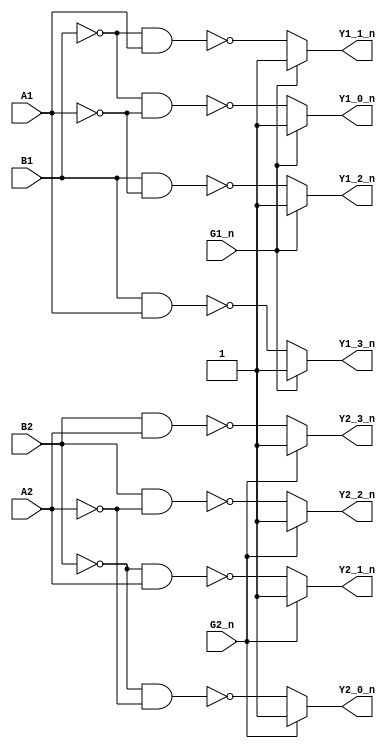
/******************************************************************************
 ** TTL 74139                                                                **
 **                                                                          **
 ** DUAL 2-LINE to 4-LINE DECODERS/DEMULTIPLEXERS                            **
 ** https://www.ti.com/lit/ds/symlink/sn54ls139a-sp.pdf?ts=1702906423213     **
 **                                                                          **
 *****************************************************************************/

module TTL_74139(
    input A1, B1,     // Decoder 1 inputs
    input G1_n,       // Decoder 1 enable, active low
    output Y1_0_n,    // Decoder 1 outputs, active low
    output Y1_1_n,
    output Y1_2_n,
    output Y1_3_n,
    input A2, B2,     // Decoder 2 inputs
    input G2_n,       // Decoder 2 enable, active low
    output Y2_0_n,    // Decoder 2 outputs, active low
    output Y2_1_n,
    output Y2_2_n,
    output Y2_3_n
);
   // DECODER 1

    // Check the enable signal and set outputs
    // When G_n is low, one output goes low based on the combination of B and A
    // When G_n is high, all outputs are high
    assign Y1_0_n = G1_n ? 1'b1 : ~((~B1) & (~A1));  // Y[0] is low when B=0, A=0
    assign Y1_1_n = G1_n ? 1'b1 : ~((~B1) & A1);     // Y[1] is low when B=0, A=1
    assign Y1_2_n = G1_n ? 1'b1 : ~(B1 & (~A1));     // Y[2] is low when B=1, A=0
    assign Y1_3_n = G1_n ? 1'b1 : ~(B1 & A1);        // Y[3] is low when B=1, A=1

   // DECODER 2   

    // Check the enable signal and set outputs
    // When G_n is low, one output goes low based on the combination of B and A
    // When G_n is high, all outputs are high
    assign Y2_0_n = G2_n ? 1'b1 : ~((~B2) & (~A2));  // Y[0] is low when B=0, A=0
    assign Y2_1_n = G2_n ? 1'b1 : ~((~B2) & A2);     // Y[1] is low when B=0, A=1
    assign Y2_2_n = G2_n ? 1'b1 : ~(B2 & (~A2));     // Y[2] is low when B=1, A=0
    assign Y2_3_n = G2_n ? 1'b1 : ~(B2 & A2);        // Y[3] is low when B=1, A=1


endmodule